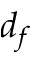
d _ { f }